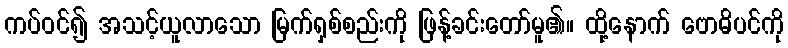
ကပ်ဝင်၍ အသင့်ယူလာသော မြက်ရှစ်စည်းကို ဖြန့်ခင်းတော်မူ၏။ ထို့နောက် ဗောဓိပင်ကို